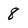
Character: 8